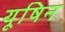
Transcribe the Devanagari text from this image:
यूषिन